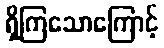
ရှိကြသောကြောင့်